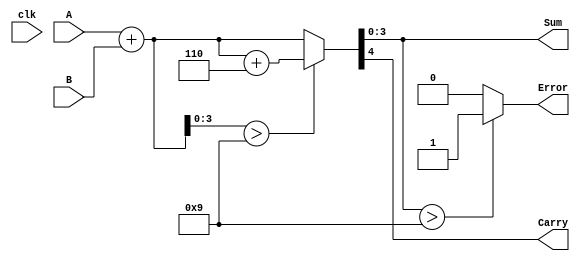
module BCD_Redundant_Binary_Adder(
    input wire clk,
    input wire [3:0] A,  // BCD digit A
    input wire [3:0] B,  // BCD digit B
    output reg [3:0] Sum, // Corrected BCD Sum
    output reg Carry,      // Carry to the next BCD digit
    output reg Error       // Error flag
);

    // Internal signals
    wire [4:0] A_red; // Redundant representation of A
    wire [4:0] B_red; // Redundant representation of B
    wire [4:0] Sum_red; // Sum in redundant binary
    wire [4:0] corrected_sum; // Corrected sum after BCD correction

    // Redundant binary representation (5 bits for redundancy)
    assign A_red = {1'b0, A}; // Assuming A is in 4 bits, prepend 0 for redundancy
    assign B_red = {1'b0, B}; // Assuming B is in 4 bits, prepend 0 for redundancy

    // Full adder for redundant binary addition
    assign Sum_red = A_red + B_red;

    // Correction logic
    always @(*) begin
        // Initialize outputs
        Sum = 4'b0000;
        Carry = 1'b0;
        Error = 1'b0;

        // Check if the sum exceeds 9 (1001 in binary)
        if (Sum_red[3:0] > 4'b1001) begin
            // Add correction factor (6 in binary)
            corrected_sum = Sum_red + 5'b00110; // 6 in binary
        end else begin
            corrected_sum = Sum_red;
        end

        // Assign the corrected sum
        Sum = corrected_sum[3:0];
        Carry = corrected_sum[4];

        // Error detection logic
        // Here we can assume an error if the output is not a valid BCD digit
        if (Sum > 4'b1001) begin
            Error = 1'b1; // Error if Sum is not valid BCD
        end
    end

endmodule